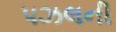
પઝલની